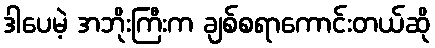
ဒါပေမဲ့ အဘိုးကြီးက ချစ်စရာကောင်းတယ်ဆို